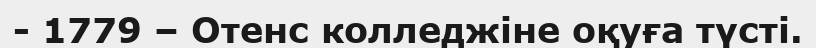
- 1779 – Отенс колледжіне оқуға түсті.